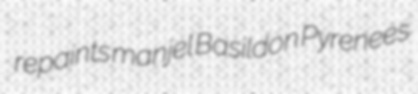
repaints manjel Basildon Pyrenees